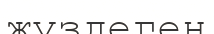
жуздеген